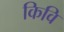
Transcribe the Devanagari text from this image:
किवि